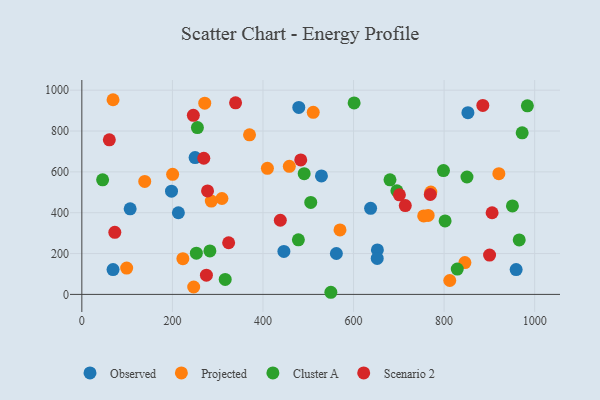
{"axis": {"x": "Study Hours", "y": "Yield"}, "legend": ["Cluster A", "Observed", "Projected", "Scenario 2"], "data": [{"x": "106.7", "y": 419.0, "type": "Observed"}, {"x": "529.1", "y": 580.2, "type": "Observed"}, {"x": "446.2", "y": 210.5, "type": "Observed"}, {"x": "250.1", "y": 669.9, "type": "Observed"}, {"x": "852.6", "y": 890.0, "type": "Observed"}, {"x": "652.7", "y": 217.6, "type": "Observed"}, {"x": "198.0", "y": 505.4, "type": "Observed"}, {"x": "959.1", "y": 121.4, "type": "Observed"}, {"x": "479.1", "y": 915.6, "type": "Observed"}, {"x": "68.9", "y": 121.7, "type": "Observed"}, {"x": "562.1", "y": 200.4, "type": "Observed"}, {"x": "637.7", "y": 421.7, "type": "Observed"}, {"x": "213.2", "y": 399.8, "type": "Observed"}, {"x": "652.3", "y": 176.1, "type": "Observed"}, {"x": "309.4", "y": 469.7, "type": "Projected"}, {"x": "754.9", "y": 384.2, "type": "Projected"}, {"x": "99.0", "y": 128.8, "type": "Projected"}, {"x": "409.8", "y": 617.4, "type": "Projected"}, {"x": "845.9", "y": 156.0, "type": "Projected"}, {"x": "458.2", "y": 627.2, "type": "Projected"}, {"x": "370.3", "y": 781.3, "type": "Projected"}, {"x": "511.0", "y": 891.7, "type": "Projected"}, {"x": "200.5", "y": 588.2, "type": "Projected"}, {"x": "285.9", "y": 457.1, "type": "Projected"}, {"x": "223.1", "y": 174.9, "type": "Projected"}, {"x": "138.9", "y": 553.2, "type": "Projected"}, {"x": "570.1", "y": 315.8, "type": "Projected"}, {"x": "68.9", "y": 953.3, "type": "Projected"}, {"x": "812.5", "y": 68.1, "type": "Projected"}, {"x": "271.4", "y": 936.4, "type": "Projected"}, {"x": "770.6", "y": 500.9, "type": "Projected"}, {"x": "247.0", "y": 36.2, "type": "Projected"}, {"x": "920.9", "y": 591.1, "type": "Projected"}, {"x": "764.8", "y": 386.7, "type": "Projected"}, {"x": "505.5", "y": 450.4, "type": "Cluster A"}, {"x": "601.3", "y": 937.7, "type": "Cluster A"}, {"x": "829.1", "y": 124.2, "type": "Cluster A"}, {"x": "491.0", "y": 591.1, "type": "Cluster A"}, {"x": "798.6", "y": 606.3, "type": "Cluster A"}, {"x": "255.2", "y": 817.1, "type": "Cluster A"}, {"x": "802.2", "y": 359.8, "type": "Cluster A"}, {"x": "695.7", "y": 507.5, "type": "Cluster A"}, {"x": "549.9", "y": 10.4, "type": "Cluster A"}, {"x": "983.9", "y": 923.2, "type": "Cluster A"}, {"x": "252.9", "y": 202.1, "type": "Cluster A"}, {"x": "478.2", "y": 267.2, "type": "Cluster A"}, {"x": "316.6", "y": 73.1, "type": "Cluster A"}, {"x": "850.5", "y": 575.0, "type": "Cluster A"}, {"x": "680.5", "y": 561.3, "type": "Cluster A"}, {"x": "965.9", "y": 266.7, "type": "Cluster A"}, {"x": "282.8", "y": 212.9, "type": "Cluster A"}, {"x": "950.9", "y": 433.4, "type": "Cluster A"}, {"x": "45.9", "y": 561.1, "type": "Cluster A"}, {"x": "972.4", "y": 791.0, "type": "Cluster A"}, {"x": "72.8", "y": 304.0, "type": "Scenario 2"}, {"x": "246.2", "y": 876.8, "type": "Scenario 2"}, {"x": "269.3", "y": 666.7, "type": "Scenario 2"}, {"x": "714.3", "y": 435.1, "type": "Scenario 2"}, {"x": "900.4", "y": 192.4, "type": "Scenario 2"}, {"x": "60.7", "y": 756.7, "type": "Scenario 2"}, {"x": "885.5", "y": 925.3, "type": "Scenario 2"}, {"x": "277.6", "y": 506.8, "type": "Scenario 2"}, {"x": "339.5", "y": 938.1, "type": "Scenario 2"}, {"x": "906.0", "y": 399.8, "type": "Scenario 2"}, {"x": "438.3", "y": 363.0, "type": "Scenario 2"}, {"x": "324.2", "y": 253.0, "type": "Scenario 2"}, {"x": "275.1", "y": 93.9, "type": "Scenario 2"}, {"x": "701.3", "y": 487.4, "type": "Scenario 2"}, {"x": "769.5", "y": 489.2, "type": "Scenario 2"}, {"x": "483.4", "y": 658.6, "type": "Scenario 2"}]}